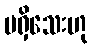
မရှိသေးဟု